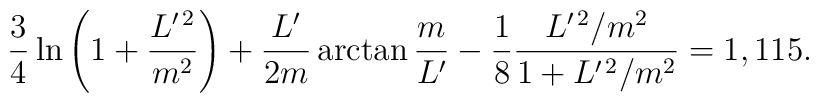
\frac 34\ln\left(1 + \frac{L^{\prime\,2}}{m^2}\right) +\frac{L^\prime}{2m}\arctan\frac m{L^\prime} -\frac 18\frac{L^{\prime\,2}/m^2}{1 + L^{\prime\,2}/m^2} = 1,115.